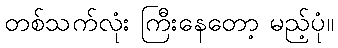
တစ်သက်လုံး ကြီးနေတော့ မည့်ပုံ။